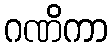
ဂဏိကာ